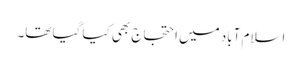
اسلام آباد میں احتجاج بھی کیا گیا تھا۔